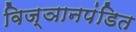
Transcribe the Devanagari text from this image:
विज्ञानपंडित